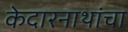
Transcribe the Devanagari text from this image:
केदारनाथांचा